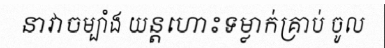
នាវាចម្បាំង យន្តហោះទម្លាក់គ្រាប់ ចូល